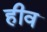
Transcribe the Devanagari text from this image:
हीव